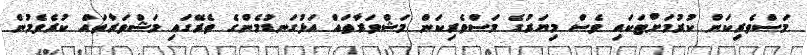
މަސްވެރިކަން ކުރުމަށްޓަކައި ވެސް މިޔަރުގެ މަސްވެރިކަން މަޝްވަރާތައް އަޅުގަނޑުމެންގެ ތެރޭގައި މަޝްވަރާތައް ކުރެވެމުން